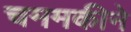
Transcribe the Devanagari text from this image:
चममकीने